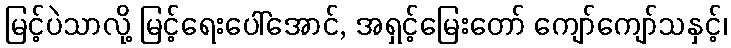
မြင့်ပဲသာလို့ မြင့်ရေးပေါ်အောင်, အရှင့်မြေးတော် ကျော်ကျော်သနှင့်၊